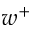
w ^ { + }